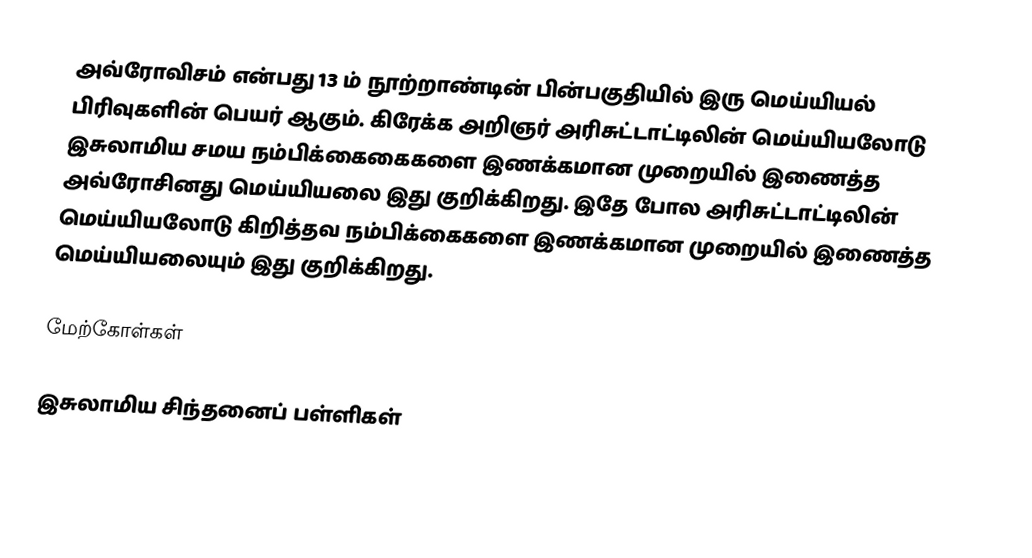
அவ்ரோவிசம் என்பது 13 ம் நூற்றாண்டின் பின்பகுதியில் இரு மெய்யியல் பிரிவுகளின் பெயர் ஆகும். கிரேக்க அறிஞர் அரிசுட்டாட்டிலின் மெய்யியலோடு இசுலாமிய சமய நம்பிக்கைகைகளை இணக்கமான முறையில் இணைத்த அவ்ரோசினது மெய்யியலை இது குறிக்கிறது. இதே போல அரிசுட்டாட்டிலின் மெய்யியலோடு கிறித்தவ நம்பிக்கைகளை இணக்கமான முறையில் இணைத்த மெய்யியலையும் இது குறிக்கிறது.

மேற்கோள்கள்

இசுலாமிய சிந்தனைப் பள்ளிகள்